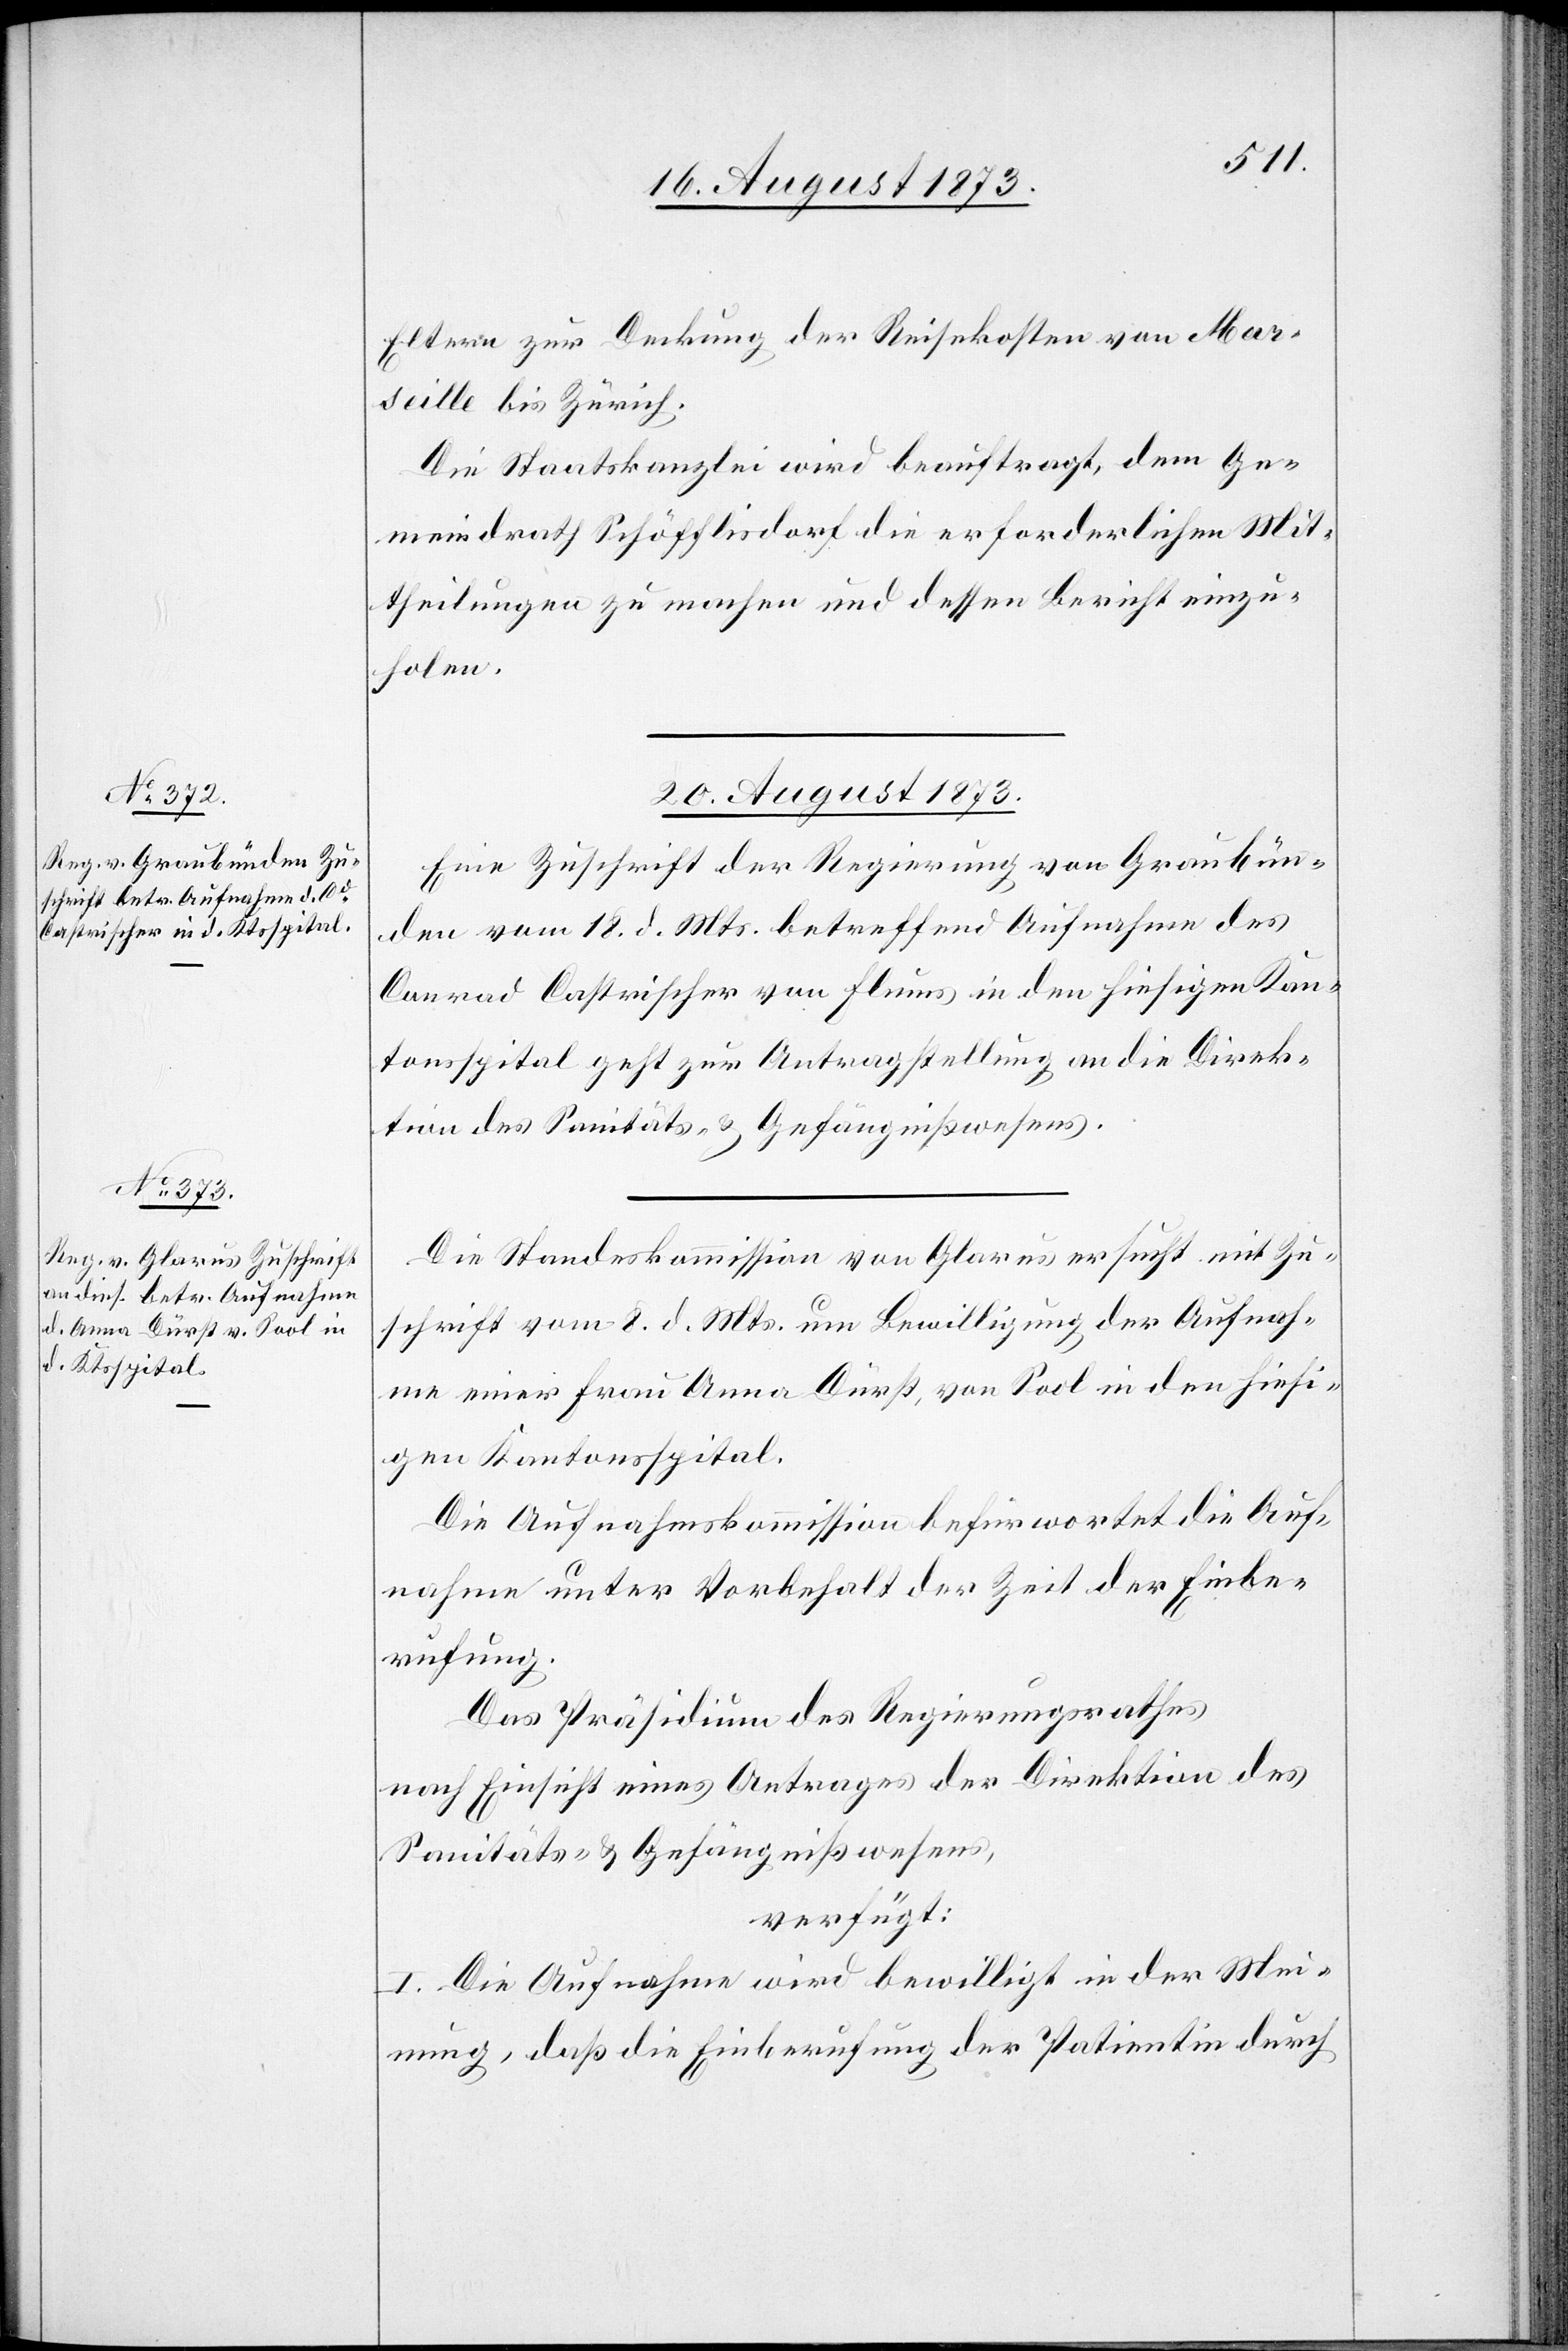
Eltern zur Deckung der Reisekosten von Mar¬
seille bis Zürich.
Die Staatskanzlei wird beauftragt, dem Ge¬
meindrath Schöfflisdorf die erforderlichen Mit¬
theilungen zu machen und dessen Bericht einzu¬
holen.
20. August 1873.]
Eine Zuschrift der Regierung von Graubün¬
den vom 18. d. Mts. betreffend Aufnahme des
Conrad Castrischer von Flums in den hiesigen Kan¬
tonsspital geht zur Antragstellung an die Direk¬
tion des Sanitäts- & Gefängnißwesens.
Die Standeskommission von Glarus ersucht mit Zu¬
schrift vom 8. d. Mts. um Bewilligung der Aufnah¬
me einer Frau Anna Dürst, von Sool in den hiesi¬
gen Kantonsspital.
Die Aufnahmskommission befürwortet die Auf¬
nahme unter Vorbehalt der Zeit der Einbe¬
rufung.
Das Präsidium des Regierungsrathes
nach Einsicht eines Antrages der Direktion des
Sanitäts- & Gefängnißwesens,
verfügt:
I. Die Aufnahme wird bewilligt in der Mei¬
nung, daß die Einberufung der Patientin durch